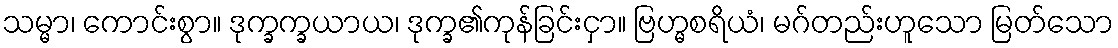
သမ္မာ၊ ကောင်းစွာ။ ဒုက္ခက္ခယာယ၊ ဒုက္ခ၏ကုန်ခြင်းငှာ။ ဗြဟ္မစရိယံ၊ မဂ်တည်းဟူသော မြတ်သော